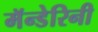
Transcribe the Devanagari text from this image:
मॅन्डेरिनी